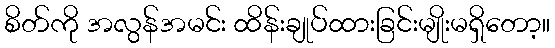
စိတ်ကို အလွန်အမင်း ထိန်းချုပ်ထားခြင်းမျိုးမရှိတော့။